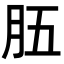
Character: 𦙗